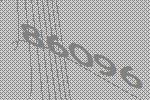
86096